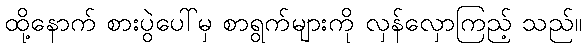
ထို့နောက် စားပွဲပေါ်မှ စာရွက်များကို လှန်လှောကြည့် သည်။